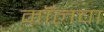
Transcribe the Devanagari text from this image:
मॉलचा